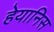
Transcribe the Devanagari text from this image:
हेयानिस